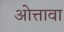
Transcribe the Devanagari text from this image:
ओत्तावा